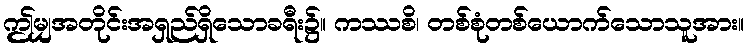
ဤမျှအတိုင်းအရှည်ရှိသောခရီး၌။ ကဿစိ၊ တစ်စုံတစ်ယောက်သောသူအား။